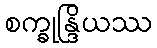
စက္ခုန္ဒြိယဿ